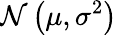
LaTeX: \mathcal{N}\left(\mu,\sigma^{2}\right)